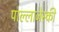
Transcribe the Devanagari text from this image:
पाल्लाजेस्की